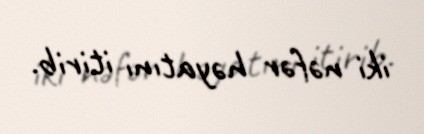
iki nəfər həyatını itirib.